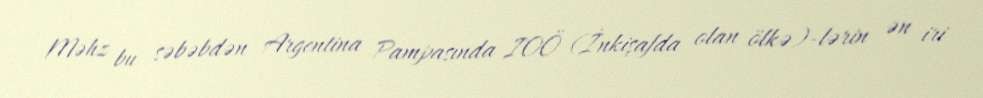
Məhz bu səbəbdən Argentina Pampasında IOÖ (İnkişafda olan ölkə)-lərin ən iri